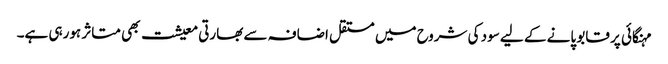
مہنگائی پر قابو پانے کے لیے سود کی شروح میں مستقل اضافہ سے بھارتی معیشت بھی متاثر ہورہی ہے۔